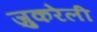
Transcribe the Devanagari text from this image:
जुकरेली